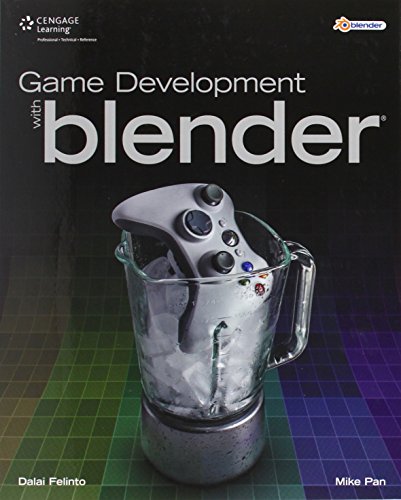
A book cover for Game Development with Blender; Dalai Felinto; Computers & Technology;